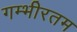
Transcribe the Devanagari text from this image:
गम्भीरतम